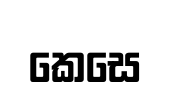
කෙසෙ